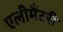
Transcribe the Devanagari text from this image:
एलीमैंटरी